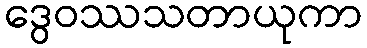
ဒွေဝဿသတာယုကာ